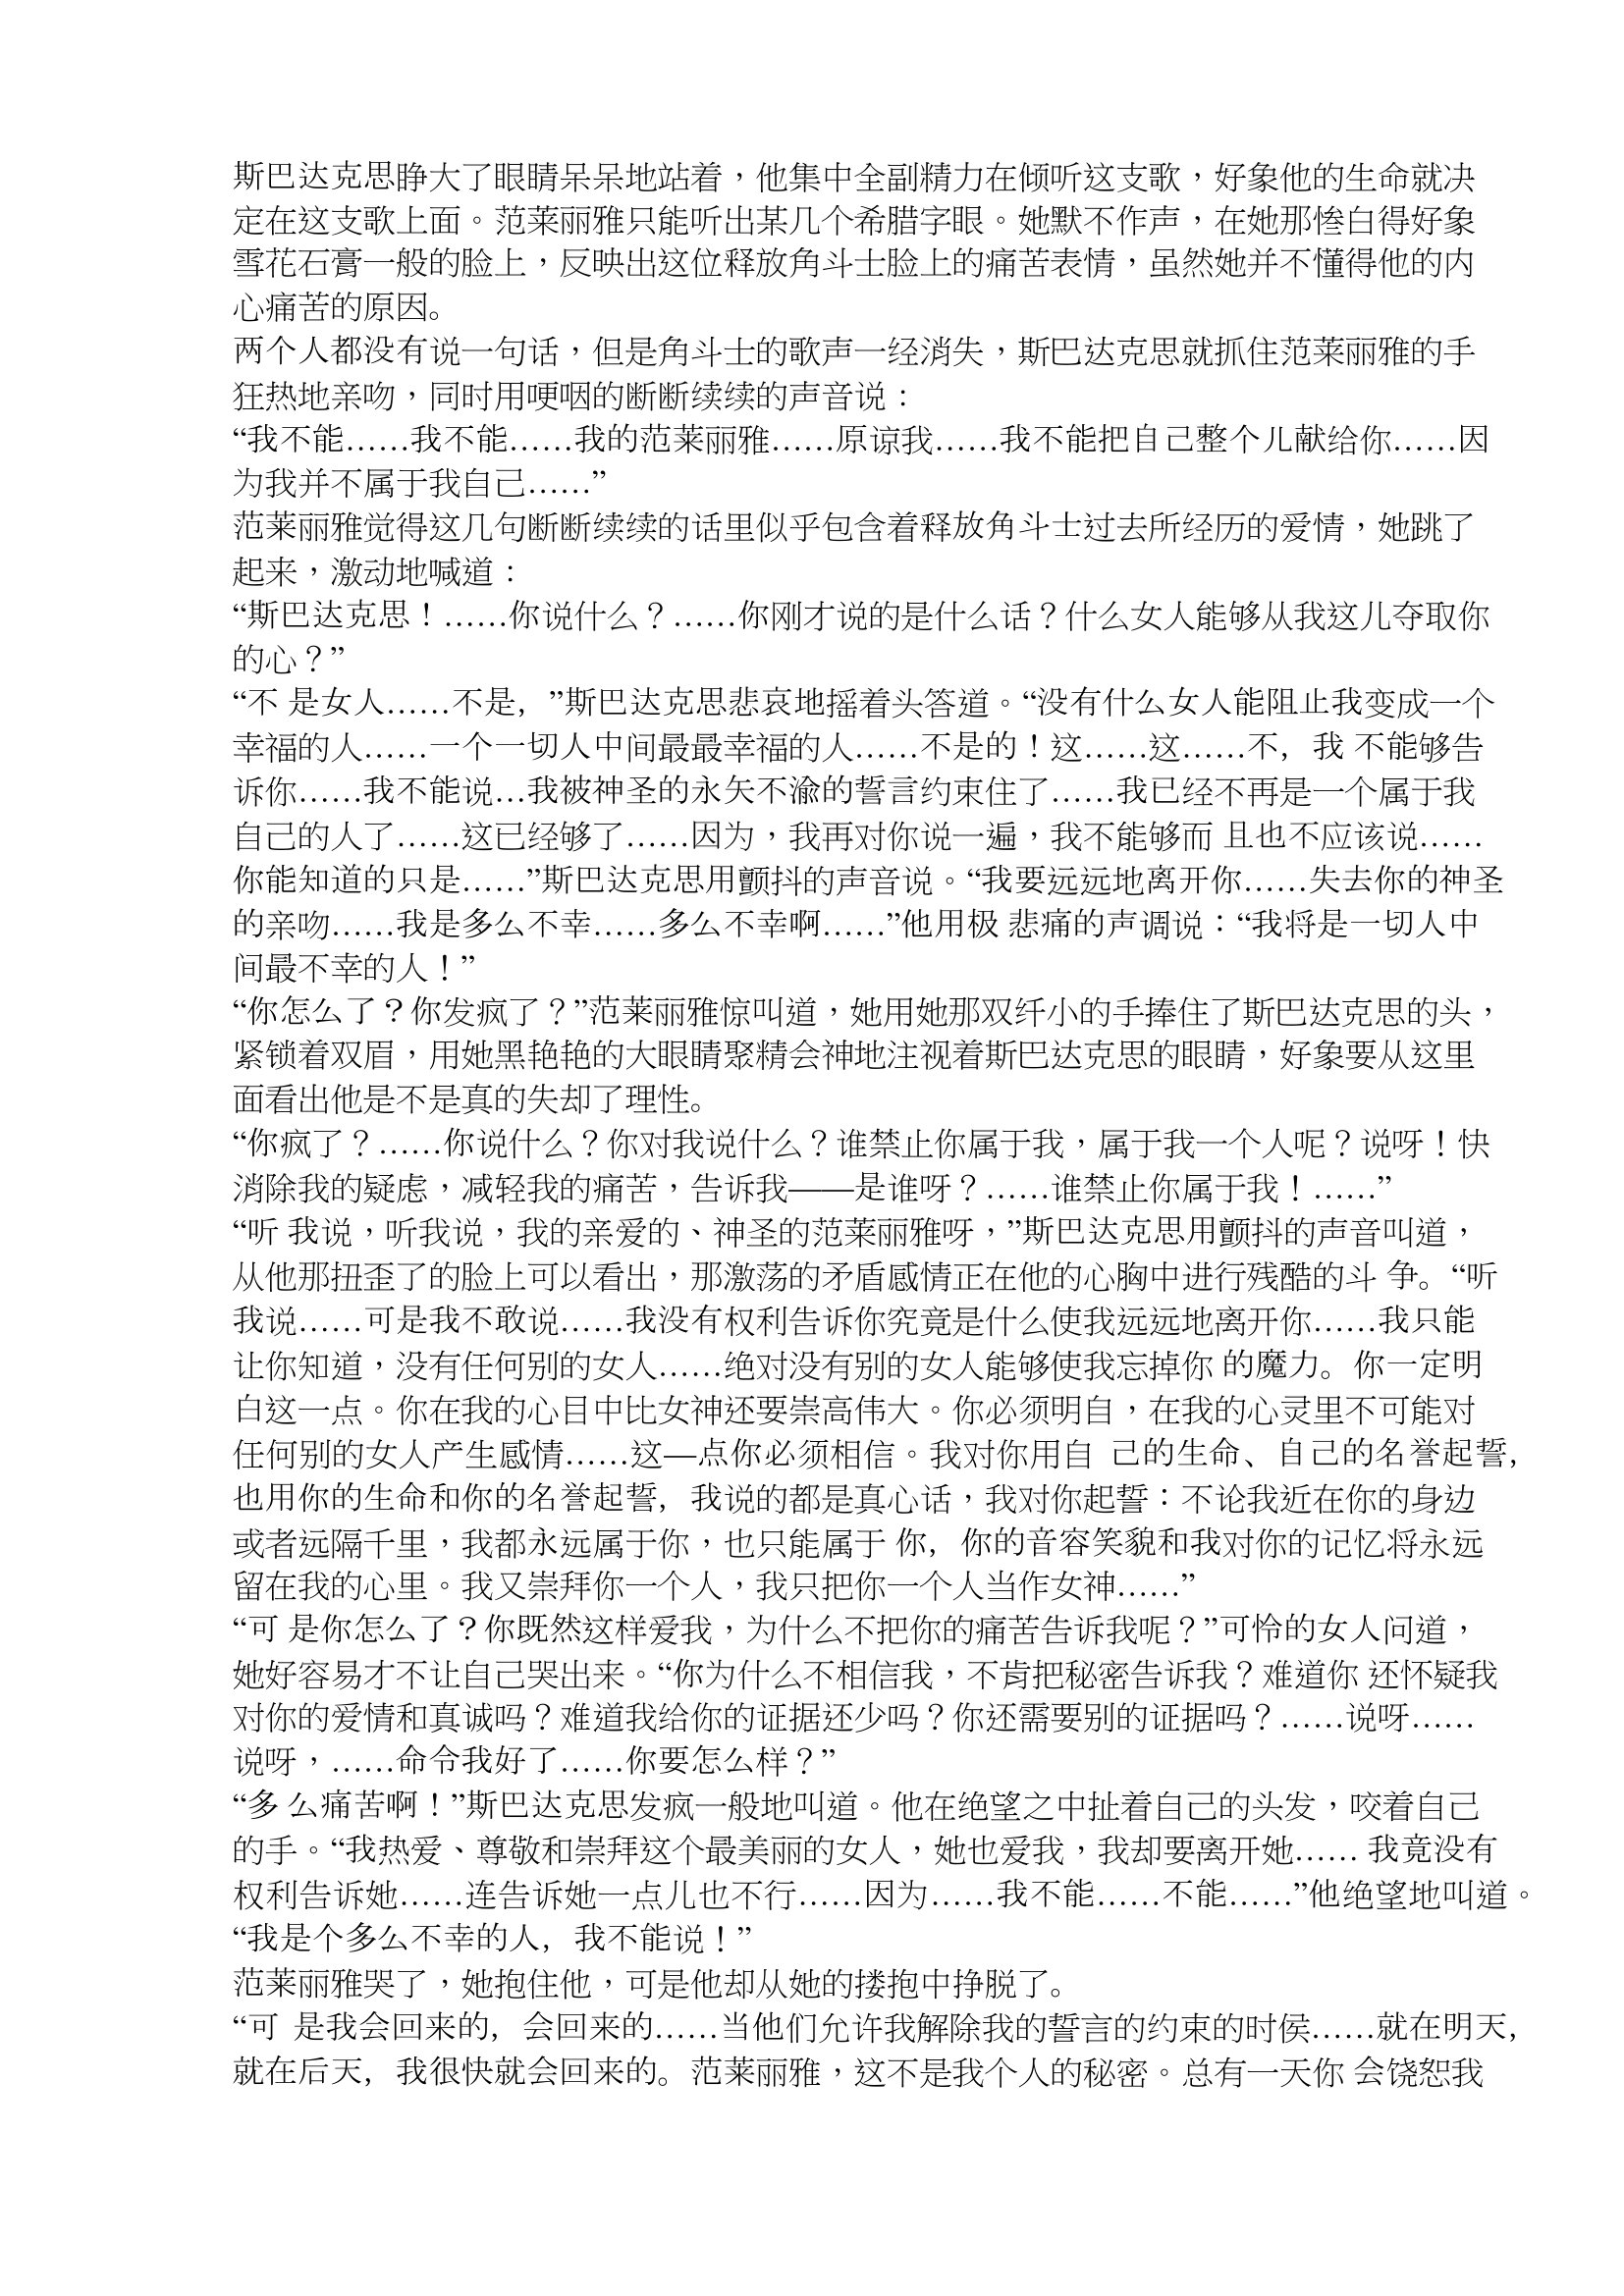
Language: zh